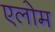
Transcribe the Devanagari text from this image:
एलोम